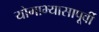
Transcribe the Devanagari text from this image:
योगाभ्यासापूर्वी